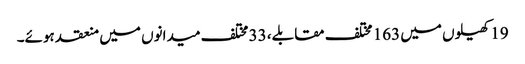
19 کھیلوں میں 163 مختلف مقابلے، 33 مختلف میدانوں میں منعقد ہوئے۔